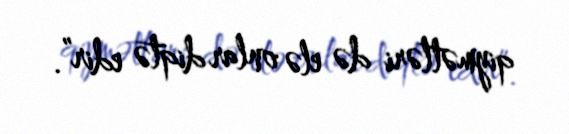
qiymətləri də elə onlar diqtə edir”.